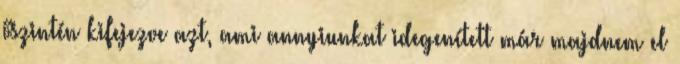
őszintén kifejezve azt, ami annyiunkat idegenített már majdnem el